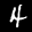
Label: 4